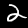
Label: 2